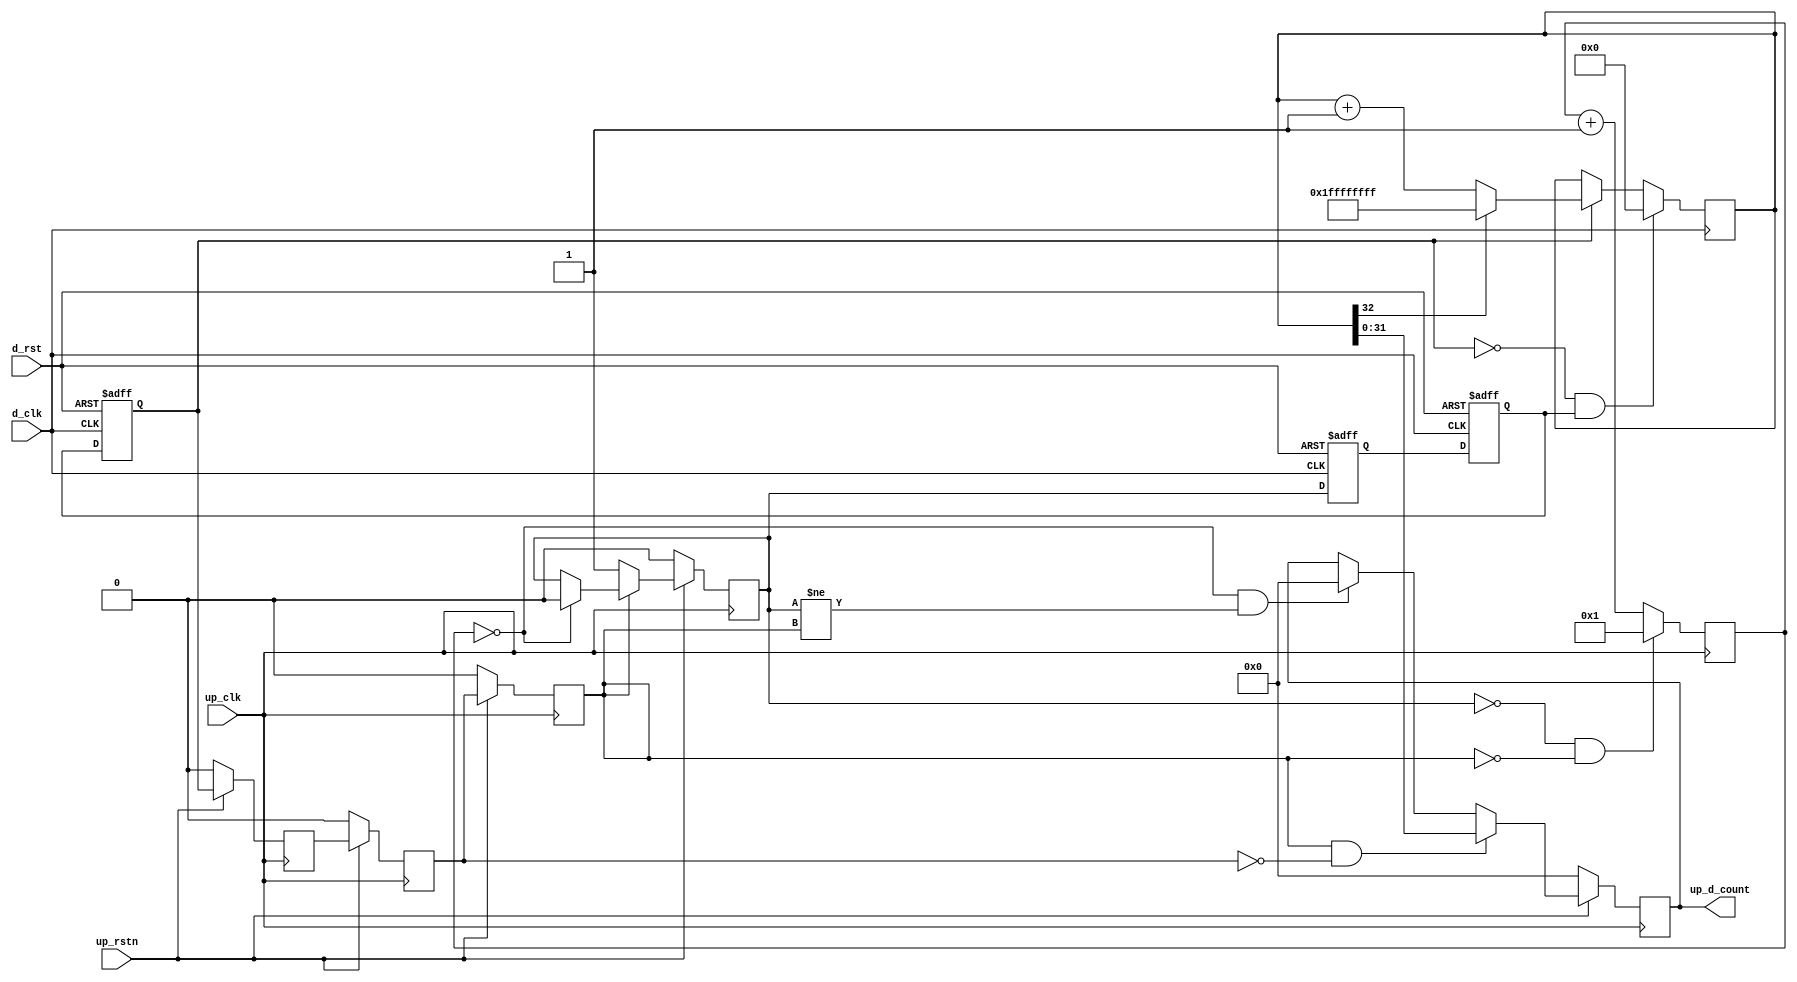
// ***************************************************************************
// ***************************************************************************
// Copyright 2014 - 2017 (c) Analog Devices, Inc. All rights reserved.
//
// In this HDL repository, there are many different and unique modules, consisting
// of various HDL (Verilog or VHDL) components. The individual modules are
// developed independently, and may be accompanied by separate and unique license
// terms.
//
// The user should read each of these license terms, and understand the
// freedoms and responsibilities that he or she has by using this source/core.
//
// This core is distributed in the hope that it will be useful, but WITHOUT ANY
// WARRANTY; without even the implied warranty of MERCHANTABILITY or FITNESS FOR
// A PARTICULAR PURPOSE.
//
// Redistribution and use of source or resulting binaries, with or without modification
// of this file, are permitted under one of the following two license terms:
//
//   1. The GNU General Public License version 2 as published by the
//      Free Software Foundation, which can be found in the top level directory
//      of this repository (LICENSE_GPL2), and also online at:
//      <https://www.gnu.org/licenses/old-licenses/gpl-2.0.html>
//
// OR
//
//   2. An ADI specific BSD license, which can be found in the top level directory
//      of this repository (LICENSE_ADIBSD), and also on-line at:
//      https://github.com/analogdevicesinc/hdl/blob/master/LICENSE_ADIBSD
//      This will allow to generate bit files and not release the source code,
//      as long as it attaches to an ADI device.
//
// ***************************************************************************
// ***************************************************************************

`timescale 1ns/100ps

module up_clock_mon #(
  parameter TOTAL_WIDTH = 32
) (

  // processor interface

  input                              up_rstn,
  input                              up_clk,
  output  reg [TOTAL_WIDTH-1:0]      up_d_count,

  // device interface

  input                              d_rst,
  input                              d_clk);

  // internal registers

  reg     [15:0]           up_count = 'd1;
  reg                      up_count_run = 'd0;
  reg                      up_count_running_m1 = 'd0;
  reg                      up_count_running_m2 = 'd0;
  reg                      up_count_running_m3 = 'd0;
  reg                      d_count_run_m1 = 'd0;
  reg                      d_count_run_m2 = 'd0;
  reg                      d_count_run_m3 = 'd0;
  reg     [TOTAL_WIDTH:0]  d_count = 'd0;

  // internal signals

  wire                     up_count_capture_s;
  wire                     d_count_reset_s;

  // processor reference

  // Capture on the falling edge of running
  assign up_count_capture_s = up_count_running_m3 == 1'b1 && up_count_running_m2 == 1'b0;

  always @(posedge up_clk) begin
    if (up_rstn == 0) begin
      up_count_running_m1 <= 1'b0;
      up_count_running_m2 <= 1'b0;
      up_count_running_m3 <= 1'b0;
    end else begin
      up_count_running_m1 <= d_count_run_m3;
      up_count_running_m2 <= up_count_running_m1;
      up_count_running_m3 <= up_count_running_m2;
    end
  end

  always @(posedge up_clk) begin
    if (up_rstn == 0) begin
      up_d_count <= 'd0;
      up_count_run <= 1'b0;
    end else begin
      if (up_count_running_m3 == 1'b0) begin
        up_count_run <= 1'b1;
      end else if (up_count == 'h00) begin
        up_count_run <= 1'b0;
      end

      if (up_count_capture_s == 1'b1) begin
        up_d_count <= d_count[TOTAL_WIDTH-1:0];
      end else if (up_count == 'h00 && up_count_run != up_count_running_m3) begin
        up_d_count <= 'h00;
      end
    end
  end

  always @(posedge up_clk) begin
    if (up_count_run == 1'b0 && up_count_running_m3 == 1'b0) begin
      up_count <= 'h01;
    end else begin
      up_count <= up_count + 1'b1;
    end
  end

  // device free running

  // Reset on the rising edge of run
  assign d_count_reset_s = d_count_run_m3 == 1'b0 && d_count_run_m2 == 1'b1;

  always @(posedge d_clk or posedge d_rst) begin
    if (d_rst == 1'b1) begin
      d_count_run_m1 <= 1'b0;
      d_count_run_m2 <= 1'b0;
      d_count_run_m3 <= 1'b0;
    end else begin
      d_count_run_m1 <= up_count_run;
      d_count_run_m2 <= d_count_run_m1;
      d_count_run_m3 <= d_count_run_m2;
    end
  end

  always @(posedge d_clk) begin
    if (d_count_reset_s == 1'b1) begin
      d_count <= 'h00;
    end else if (d_count_run_m3 == 1'b1) begin
      if (d_count[TOTAL_WIDTH] == 1'b0) begin
        d_count <= d_count + 1'b1;
      end else begin
        d_count <= {TOTAL_WIDTH+1{1'b1}};
      end
    end
  end

endmodule

// ***************************************************************************
// ***************************************************************************